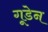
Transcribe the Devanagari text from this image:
गूडेन